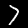
Digit: 7